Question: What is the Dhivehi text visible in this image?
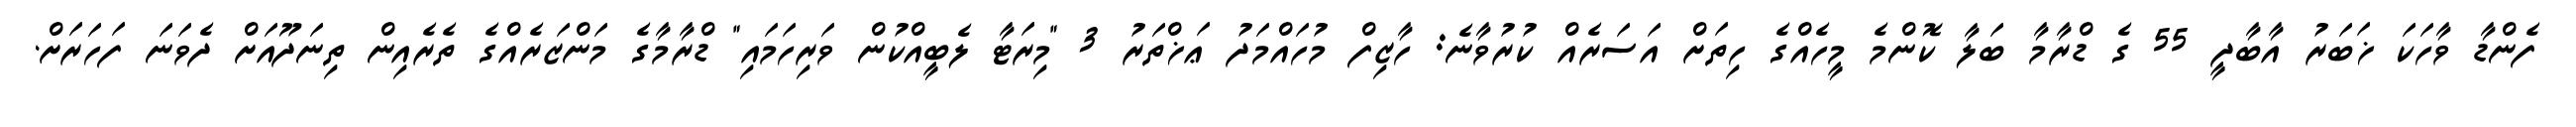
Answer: ފެންޑާ ވާހަކަ ޚަބަރު އާބާދީ 55 ގެ ޑްރާމާ ބަލާ ކޮންމެ މީހެއްގެ ހިތަށް އަސަރެއް ކުރުވާނެ: ހާޒިފް މުހައްމަދު ޢަޚްތަރު 3 "މިރަޓާ ލެބީއްކުން ވަރިހަމައި" ޑްރާމާގެ މަންޒަރެއްގެ ތެރެއިން ތިނަދޫއަށް ދެވަނަ ފަހަރަށް.